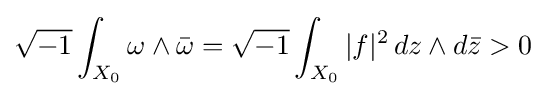
{\sqrt {-1}}\int _{X_{0}}\omega \wedge {\bar {\omega }}={\sqrt {-1}}\int _{X_{0}}|f|^{2}\,dz\wedge d{\bar {z}}>0